Insane asylums in Bengal annual reports 1867-1875 - 1867-1875
Year: 1867
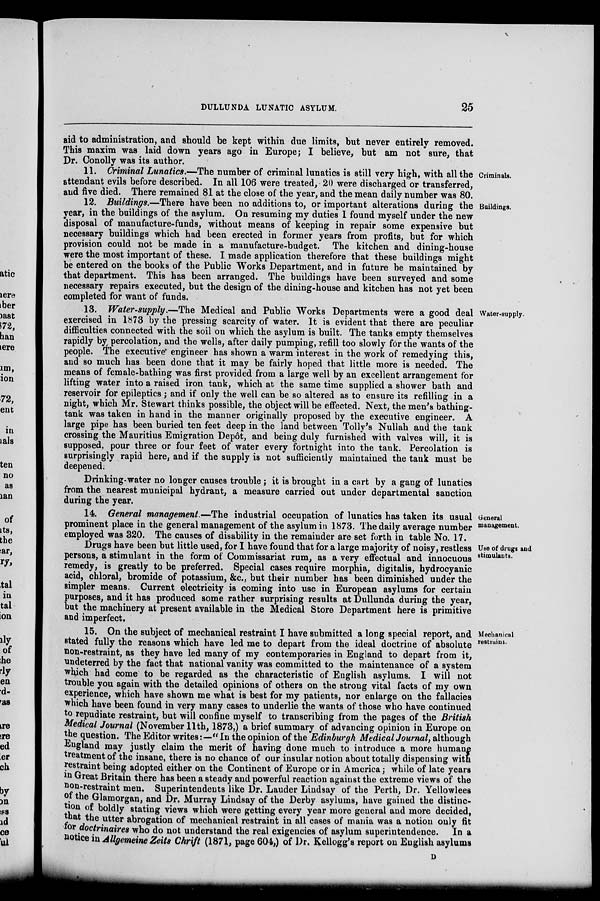
DULLUNDA LUNATIC ASYLUM.
25
aid to administration, and should be kept within due limits, but never entirely removed.
This maxim was laid down years ago in Europe; I believe, but am not sure, that
Dr. Conolly was its author.
Criminals.
11. Criminal Lunatics.—The number of criminal lunatics is still very high, with all the
attendant evils before described. In all 106 were treated, 20 were discharged or transferred,
and five died. There remained 81 at the close of the year, and the mean daily number was 80.
Buildings.
12. Buildings.—There have been no additions to, or important alterations during the
year, in the buildings of the asylum. On resuming my duties I found myself under the new
disposal of manufacture-funds, without means of keeping in repair some expensive but
necessary buildings which had been erected in former years from profits, but for which
provision could not be made in a manufacture-budget. The kitchen and dining-house
were the most important of these. I made application therefore that these buildings might
be entered on the books of the Public Works Department, and in future be maintained by
that department. This has been arranged. The buildings have been surveyed and some
necessary repairs executed, but the design of the dining-house and kitchen has not yet been
completed for want of funds.
Water-supply.
13. Water-supply.—The Medical and Public Works Departments were a good deal
exercised in 1873 by the pressing scarcity of water. It is evident that there are peculiar
difficulties connected with the soil on which the asylum is built. The tanks empty themselves
rapidly by percolation, and the wells, after daily pumping, refill too slowly for the wants of the
people. The executive engineer has shown a warm interest in the work of remedying this,
and so much has been done that it may be fairly hoped that little more is needed. The
means of female-bathing was first provided from a large well by an excellent arrangement for
lifting water into a raised iron tank, which at the same time supplied a shower bath and
reservoir for epileptics; and if only the well can be so altered as to ensure its refilling in a
night, which Mr. Stewart thinks possible, the object will be effected. Next, the men's bathing-
tank was taken in hand in the manner originally proposed by the executive engineer. A
large pipe has been buried ten feet deep in the land between Tolly's Nullah and the tank
crossing the Mauritius Emigration Depôt, and being duly furnished with valves will, it is
supposed, pour three or four feet of water every fortnight into the tank. Percolation is
surprisingly rapid here, and if the supply is not sufficiently maintained the tank must be
deepened.
Drinking-water no longer causes trouble; it is brought in a cart by a gang of lunatics
from the nearest municipal hydrant, a measure carried out under departmental sanction
during the year.
General
management.
14. General management.—The industrial occupation of lunatics has taken its usual
prominent place in the general management of the asylum in 1873. The daily average number
employed was 320. The causes of disability in the remainder are set forth in table No. 17.
Use of drugs and
stimulants.
Drugs have been but little used, for I have found that for a large majority of noisy, restless
persons, a stimulant in the form of Commissariat rum, as a very effectual and innocuous
remedy, is greatly to be preferred. Special cases require morphia, digitalis, hydrocyanic
acid, chloral, bromide of potassium, &c., but their number has been diminished under the
simpler means. Current electricity is coming into use in European asylums for certain
purposes, and it has produced some rather surprising results at Dullunda during the year,
but the machinery at present available in the Medical Store Department here is primitive
and imperfect.
Mechanical
restraint.
15. On the subject of mechanical restraint I have submitted a long special report, and
stated fully the reasons which have led me to depart from the ideal doctrine of absolute
non-restraint, as they have led many of my contemporaries in England to depart from it,
undeterred by the fact that national vanity was committed to the maintenance of a system
which had come to be regarded as the characteristic of English asylums. I will not
trouble you again with the detailed opinions of others on the strong vital facts of my own
experience, which have shown me what is best for my patients, nor enlarge on the fallacies
which have been found in very many cases to underlie the wants of those who have continued
to repudiate restraint, but will confine myself to transcribing from the pages of the British
Medical Journal (November 11th, 1873,) a brief summary of advancing opinion in Europe on
the question. The Editor writes:—" In the opinion of the Edinburgh Medical Journal, although
England may justly claim the merit of having done much to introduce a more humane
treatment of the insane, there is no chance of our insular notion about totally dispensing with
restraint being adopted either on the Continent of Europe or in America; while of late years
in Great Britain there has been a steady and powerful reaction against the extreme views of the
non-restraint men. Superintendents like Dr. Lauder Lindsay of the Perth, Dr. Yellowlees
of the Glamorgan, and Dr. Murray Lindsay of the Derby asylums, have gained the distinc-
tion of boldly stating views which were getting every year more general and more decided,
that the utter abrogation of mechanical restraint in all cases of mania was a notion only fit
for doctrinaires who do not understand the real exigencies of asylum superintendence. In a
notice in Allgemeine Zeits Chrift (1871, page 604,) of Dr. Kellogg's report on English asylums
D